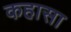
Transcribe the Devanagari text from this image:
कहासा